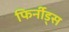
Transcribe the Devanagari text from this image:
फिर्नीड्स